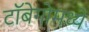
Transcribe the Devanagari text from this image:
टॉबेगोमध्ये